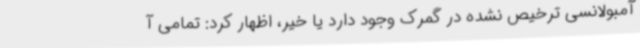
آمبولانسی ترخیص نشده در گمرک وجود دارد یا خیر، اظهار کرد: تمامی آ